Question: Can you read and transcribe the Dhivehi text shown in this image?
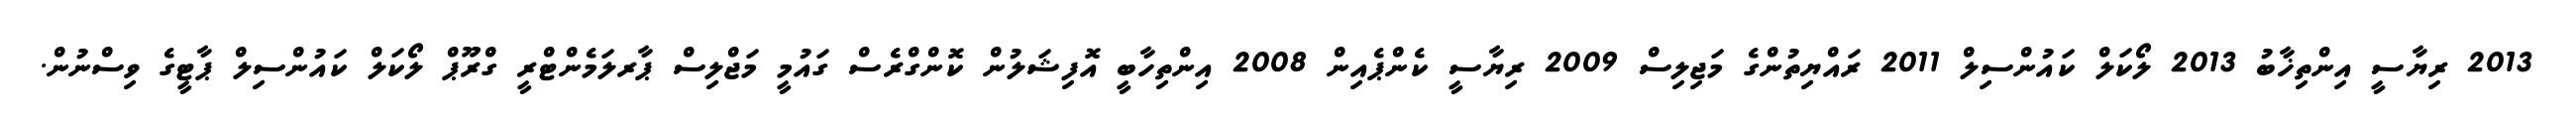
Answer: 2013 ރިޔާސީ އިންތިޚާބު 2013 ލޯކަލް ކައުންސިލް 2011 ރައްޔިތުންގެ މަޖިލިސް 2009 ރިޔާސީ ކެންޕެއިން 2008 އިންތިހާބީ އޮފިޝަލުން ކޮންގްރެސް ގައުމީ މަޖްލިސް ޕާރލަމެންޓްރީ ގްރޫޕް ލޯކަލް ކައުންސިލް ޕާޓީގެ ވިސްނުން.